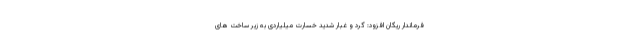
فرماندار ریگان افزود: گرد و غبار شدید خسارت میلیاردی به زیر ساخت های